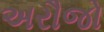
અરૌજો